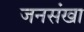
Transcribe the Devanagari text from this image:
जनसंखा